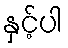
နှင့်ပါ